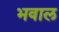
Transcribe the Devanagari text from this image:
भवाल